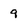
Character: 9